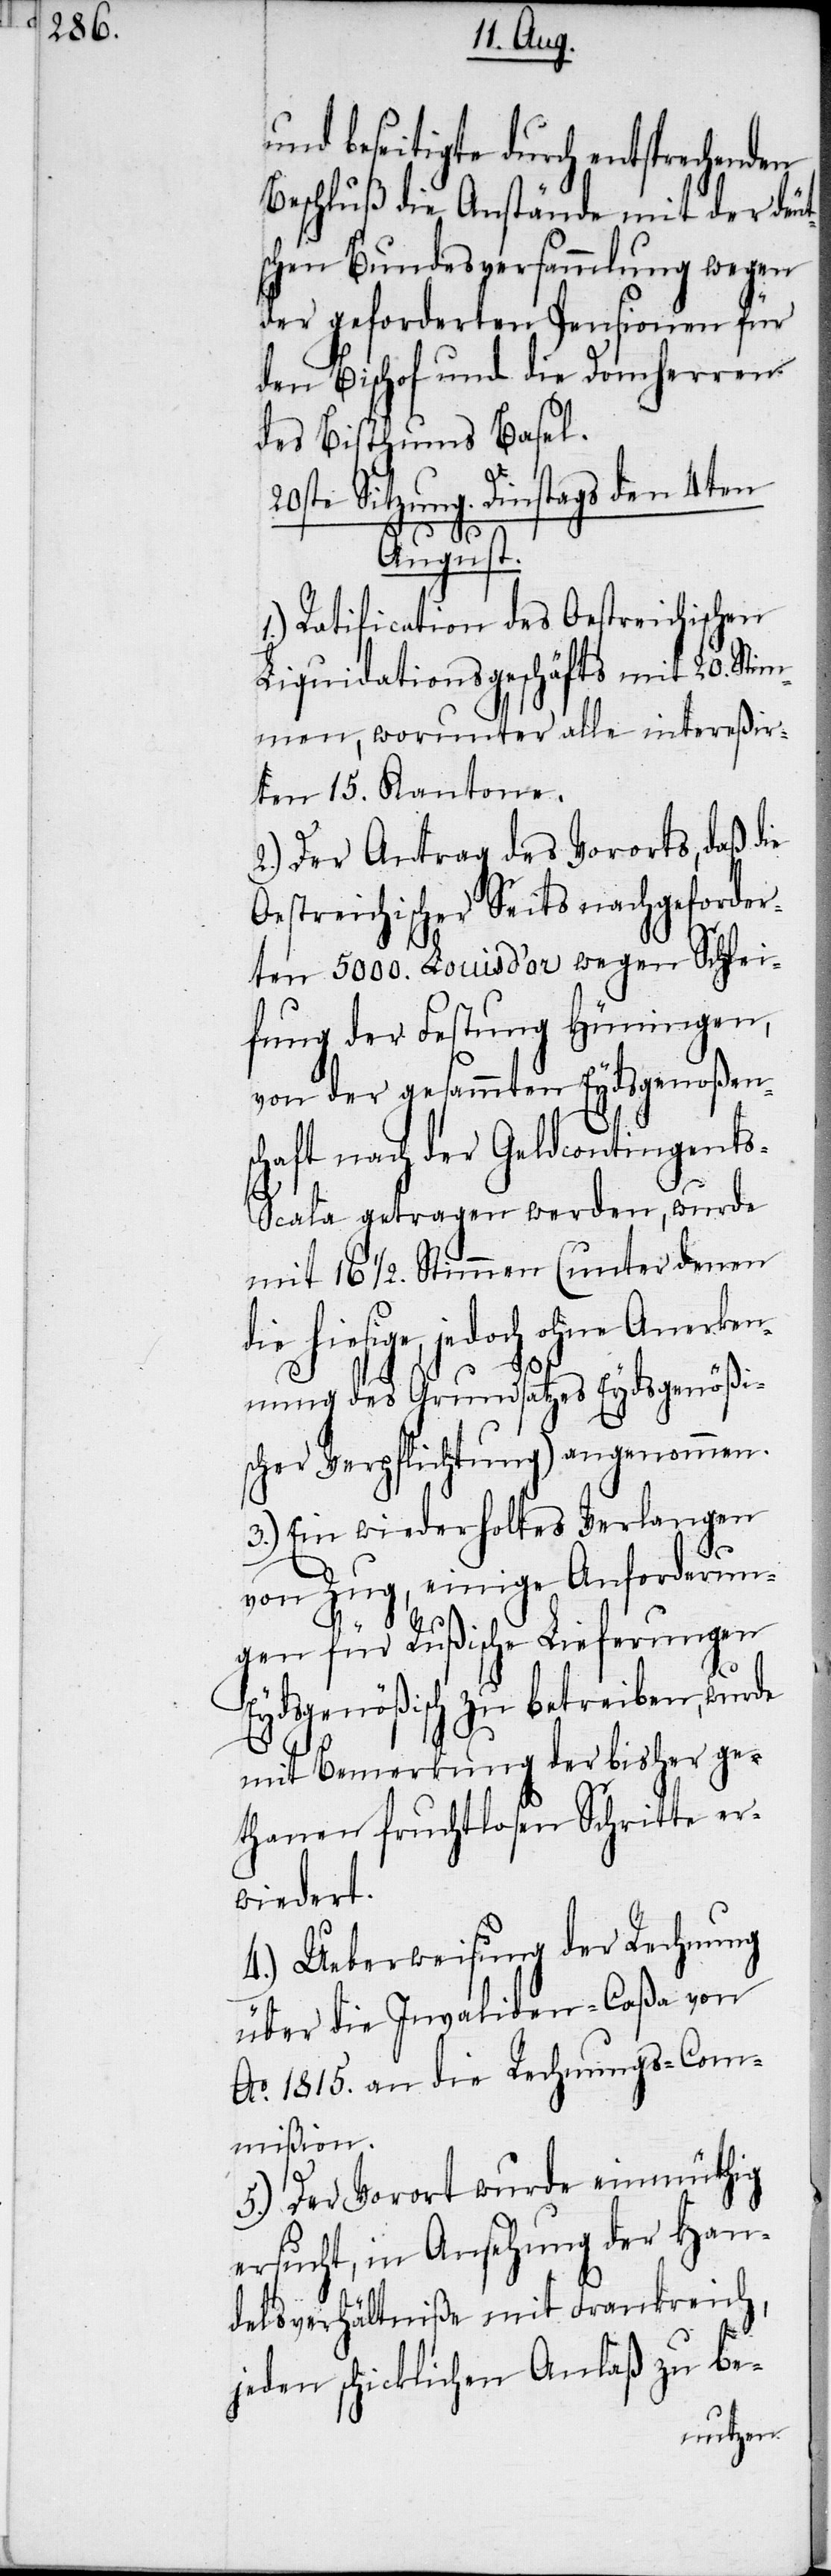
und beseitigte durch entsprechenden
Beschluß die Anstände mit der de¬
schen Bundesversammlung wegen
der geforderten Pensionen für
den Bischof und die Domherren
des Bisthums Basel.
20ste Sitzung. Dinstags den 4ten
August.
1.) Ratification des Oestreichischen
Liquidationsgeschäfts mit 20. Stim¬
men, worunter alle intereßir¬
ten 15. Kantone.
2.) Der Antrag des Vororts, daß die
Oestreichischer Seits nachgeforder¬
ten 5000. Louisd’or wegen Schlei¬
fung der Festung Hüningen,
von der gesammten Eydsgenoßen¬
schaft nach der Geldcontingent¬
s-Scala getragen werden, wurde
mit 16 ½. Stimmen (unter denen
die hiesige, jedoch ohne Anerken¬
nung des Grundsatzes Eydsgenößi¬
scher Verpflichtung) angenommen.
3.) Ein wiederholtes Verlangen
von Zug, einige Anforderun¬
gen für Rußische Lieferungen
Eydsgenößisch zu betreiben, wurde
mit Bemerkung der bisher ge¬
thanen fruchtlosen Schritte er¬
wiedert.
4.) Ueberweisung der Rechnung
über die Invaliden-Caßa von
Ao. 1815. an die Rechnungs-Com¬
mißion.
5.) Der Vorort wurde einmüthig
ersucht, in Ansehung der Han¬
delsverhältniße mit Frankreich,
jeden schicklichen Anlaß zu be-
ut¬